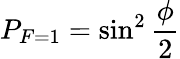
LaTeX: P_{F=1}=\sin^{2}\frac{\phi}{2}